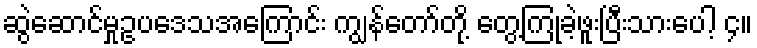
ဆွဲဆောင်မှုဥပဒေသအကြောင်း ကျွန်တော်တို့ တွေ့ကြုံခဲ့ဖူးပြီးသားပေါ့ ၄။